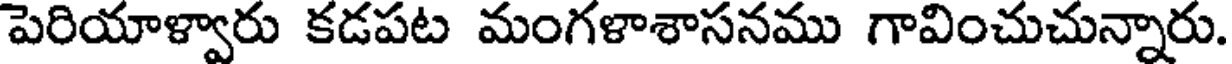
పెరియాళ్వారు కడపట మంగళాశాసనము గావించుచున్నారు.